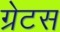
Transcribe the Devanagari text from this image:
ग्रेटस